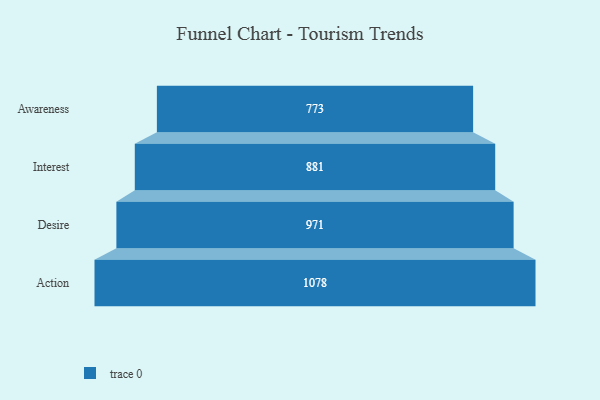
{"axis": {"x": "Stage", "y": "Value"}, "legend": [""], "data": [{"x": "Awareness", "y": 773.0, "type": ""}, {"x": "Interest", "y": 881.0, "type": ""}, {"x": "Desire", "y": 971.0, "type": ""}, {"x": "Action", "y": 1078.0, "type": ""}]}